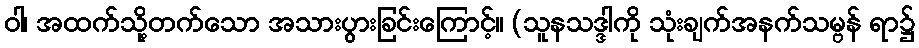
ဝါ၊ အထက်သို့တက်သော အသားပွားခြင်းကြောင့်။ (သူနသဒ္ဒါကို သုံးချက်အနက်သမ္ဗန် ရာ၌